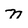
Character: n